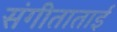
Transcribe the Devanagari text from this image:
संगीताताई